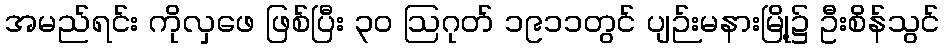
အမည်ရင်း ကိုလှဖေ ဖြစ်ပြီး ၃၀ ဩဂုတ် ၁၉၁၁တွင် ပျဉ်းမနားမြို့၌ ဦးစိန်သွင်